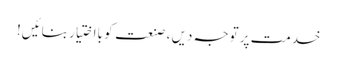
خدمت پر توجہ دیں ، صنعت کو بااختیار بنائیں!